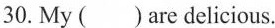
30. My ( ) are delicious.